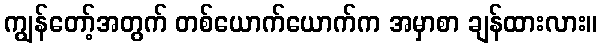
ကျွန်တော့်အတွက် တစ်ယောက်ယောက်က အမှာစာ ချန်ထားလား။